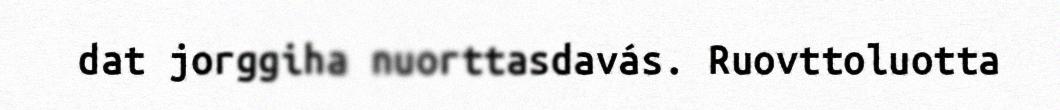
dat jorggiha nuorttasdavás. Ruovttoluotta